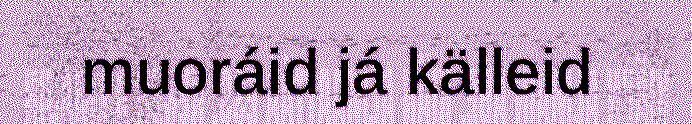
muoráid já källeid